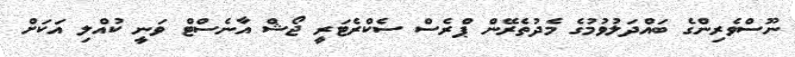
ނޫސްވެރިންގެ ބައްދަލުވުމުގެ މެދުތެރޭން ޕްރެސް ސެކްރެޓަރީ ޖޯޝް އާނެސްޓް ވަނީ ކުއްލި އަކަށް